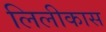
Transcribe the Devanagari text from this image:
लिलीकास